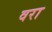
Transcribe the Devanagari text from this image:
वरा